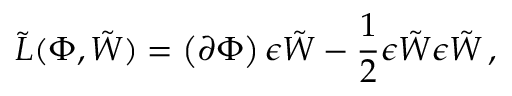
{ \tilde { L } } ( \Phi , \tilde { W } ) = \left( \partial \Phi \right) \epsilon \tilde { W } - \frac { 1 } { 2 } \epsilon \tilde { W } \epsilon \tilde { W } \, ,